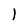
Character: 1